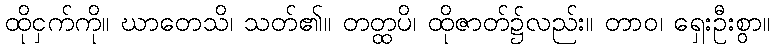
ထိုငှက်ကို။ ဃာတေသိ၊ သတ်၏။ တတ္ထပိ၊ ထိုဇာတ်၌လည်း။ တာဝ၊ ရှေးဦးစွာ။